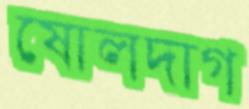
ষোলদাগ